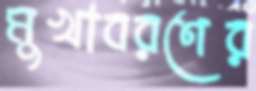
মুখাবরণের